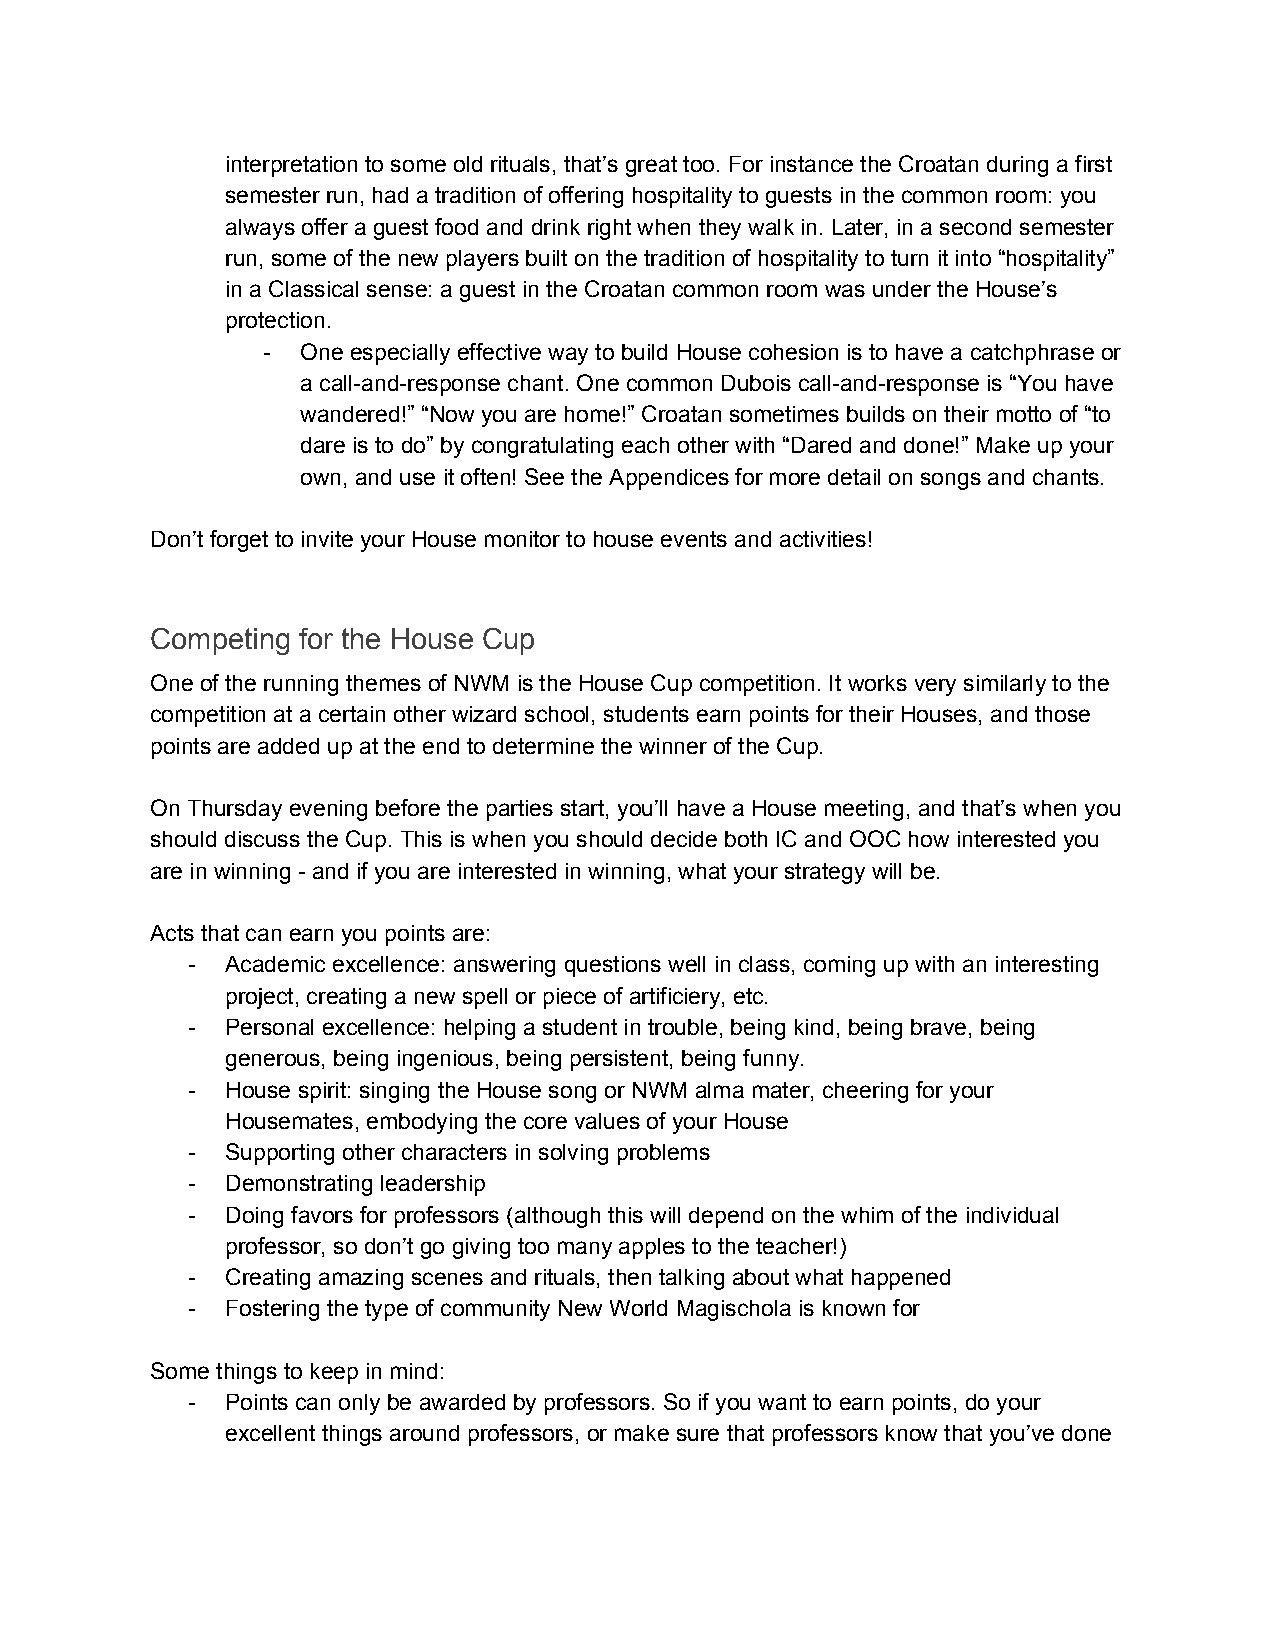
interpretation to some old rituals, that’s great too. For instance the Croatan during a first
 semester run, had a tradition of offering hospitality to guests in the common room: you
 always offer a guest food and drink right when they walk in. Later, in a second semester
 run, some of the new players built on the tradition of hospitality to turn it into “hospitality”
 in a Classical sense: a guest in the Croatan common room was under the House’s
 protection.
 -  One especially effective way to build House cohesion is to have a catchphrase or
 a call-and-response chant. One common Dubois call-and-response is “You have
 wandered!” “Now you are home!” Croatan sometimes builds on their motto of “to
 dare is to do” by congratulating each other with “Dared and done!” Make up your
 own, and use it often! See the Appendices for more detail on songs and chants.
 Don’t forget to invite your House monitor to house events and activities!
 Competing for the House Cup
 One of the running themes of NWM is the House Cup competition. It works very similarly to the
 competition at a certain other wizard school, students earn points for their Houses, and those
 points are added up at the end to determine the winner of the Cup.
 On Thursday evening before the parties start, you’ll have a House meeting, and that’s when you
 should discuss the Cup. This is when you should decide both IC and OOC how interested you
 are in winning - and if you are interested in winning, what your strategy will be.
 Acts that can earn you points are:
 -  Academic excellence: answering questions well in class, coming up with an interesting
 project, creating a new spell or piece of artificiery, etc.
 -  Personal excellence: helping a student in trouble, being kind, being brave, being
 generous, being ingenious, being persistent, being funny.
 -  House spirit: singing the House song or NWM alma mater, cheering for your
 Housemates, embodying the core values of your House
 -  Supporting other characters in solving problems
 -  Demonstrating leadership
 -  Doing favors for professors (although this will depend on the whim of the individual
 professor, so don’t go giving too many apples to the teacher!)
 -  Creating amazing scenes and rituals, then talking about what happened
 -  Fostering the type of community New World Magischola is known for
 Some things to keep in mind:
 -  Points can only be awarded by professors. So if you want to earn points, do your
 excellent things around professors, or make sure that professors know that you’ve done